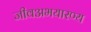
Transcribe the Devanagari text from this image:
जीवअभयारण्य